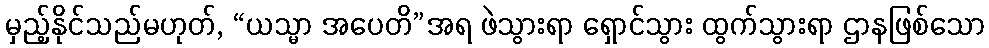
မှည့်နိုင်သည်မဟုတ်, “ယသ္မာ အပေတိ”အရ ဖဲသွားရာ ရှောင်သွား ထွက်သွားရာ ဌာနဖြစ်သော